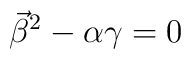
\vec{\beta}^2 - \alpha\gamma = 0